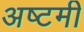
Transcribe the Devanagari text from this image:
अष्‍टमी